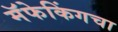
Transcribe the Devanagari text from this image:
मॅफेकिंगचा